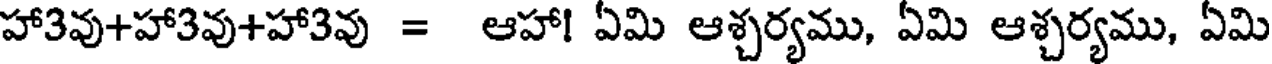
హా3వు+హా3వు+హా3వు = ఆహా! ఏమి ఆశ్చర్యము, ఏమి ఆశ్చర్యము, ఏమి